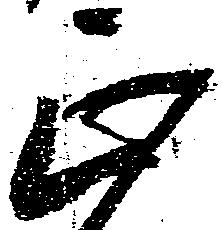
正